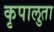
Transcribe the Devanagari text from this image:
कृपालुता